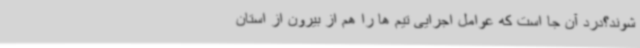
شوند؟درد آن جا است که عوامل اجرایی تیم ها را هم از بیرون از استان